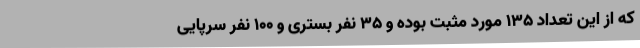
که از این تعداد 135 مورد مثبت بوده و 35 نفر بستری و 100 نفر سرپایی